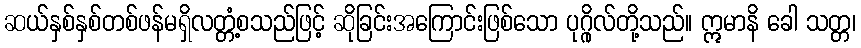
ဆယ်နှစ်နှစ်တစ်ဖန်မရှိလတ္တံ့စသည်ဖြင့် ဆိုခြင်းအကြောင်းဖြစ်သော ပုဂ္ဂိုလ်တို့သည်။ ဣမာနိ ခေါ သတ္တ၊